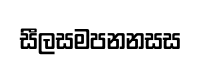
සීලසමපනනසස